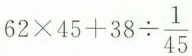
$$62 \times 45+38 \div \frac{1}{45}$$